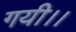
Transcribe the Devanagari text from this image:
गयी।।